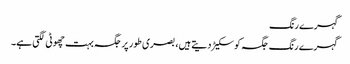
گہرے رنگ
گہرے رنگ جگہ کو سکیڑ دیتے ہیں، بصری طور پر جگہ بہت چھوٹی لگتی ہے۔